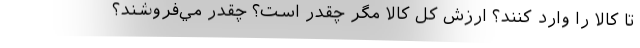
تا كالا را وارد كنند؟ ارزش كل كالا مگر چقدر است؟ چقدر مي‌فروشند؟